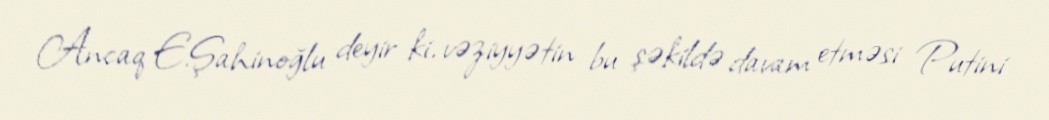
Ancaq E.Şahinoğlu deyir ki, vəziyyətin bu şəkildə davam etməsi Putini